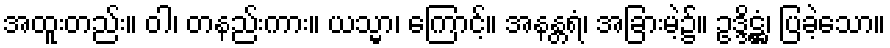
အထူးတည်း။ ဝါ၊ တနည်းကား။ ယသ္မာ၊ ကြောင့်။ အနန္တရံ၊ အခြားမဲ့၌။ ဥဒ္ဒိဋ္ဌံ၊ ပြခဲ့သော။